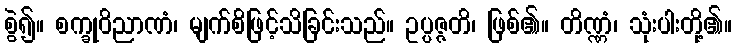
စွဲ၍။ စက္ခုဝိညာဏံ၊ မျက်စိဖြင့်သိခြင်းသည်။ ဥပ္ပဇ္ဇတိ၊ ဖြစ်၏။ တိဏ္ဏံ၊ သုံးပါးတို့၏။